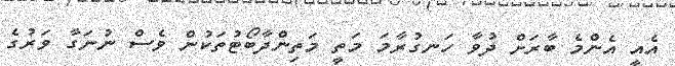
އެއީ އެންމެ ބާރަށް ދުވާ ހަނގުރާމަ މަތީ މަތިންދާބޯޓުތަކުން ވެސް ނުނަގާ ވަރުގެ